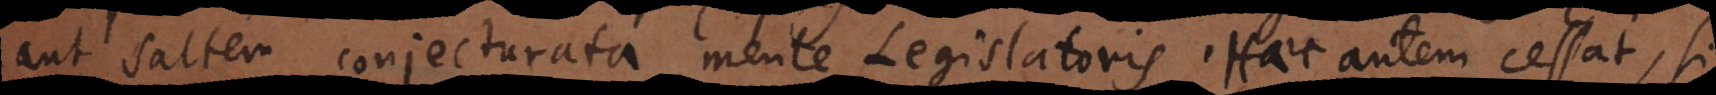
nisi ex praesumta mente Legislatoris. Haec autem cessat, si